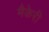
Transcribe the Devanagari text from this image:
मैकेरी